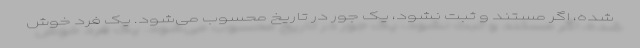
شده، اگر مستند و ثبت نشود، یک جور در تاریخ محسوب می‌شود. یک فرد خوش